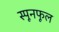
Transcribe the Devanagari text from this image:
स्पूनफूल